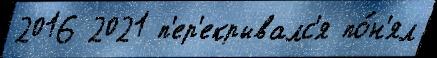
2016 2021 п'ер'екрывалс'я по́н'ял